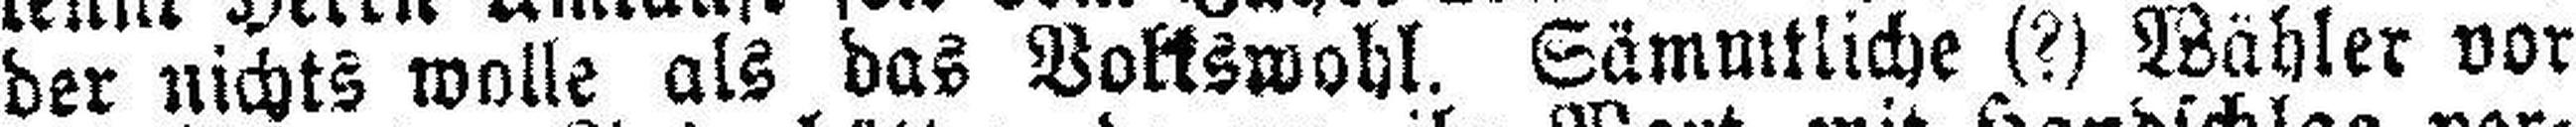
der nichts wolle als das Volkswohl. Sämmtliche (?) Wähler vor